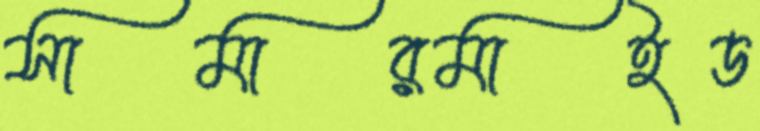
সামারমাইড